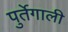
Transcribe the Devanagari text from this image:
पुर्तेगाली